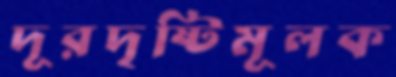
দূরদৃষ্টিমূলক